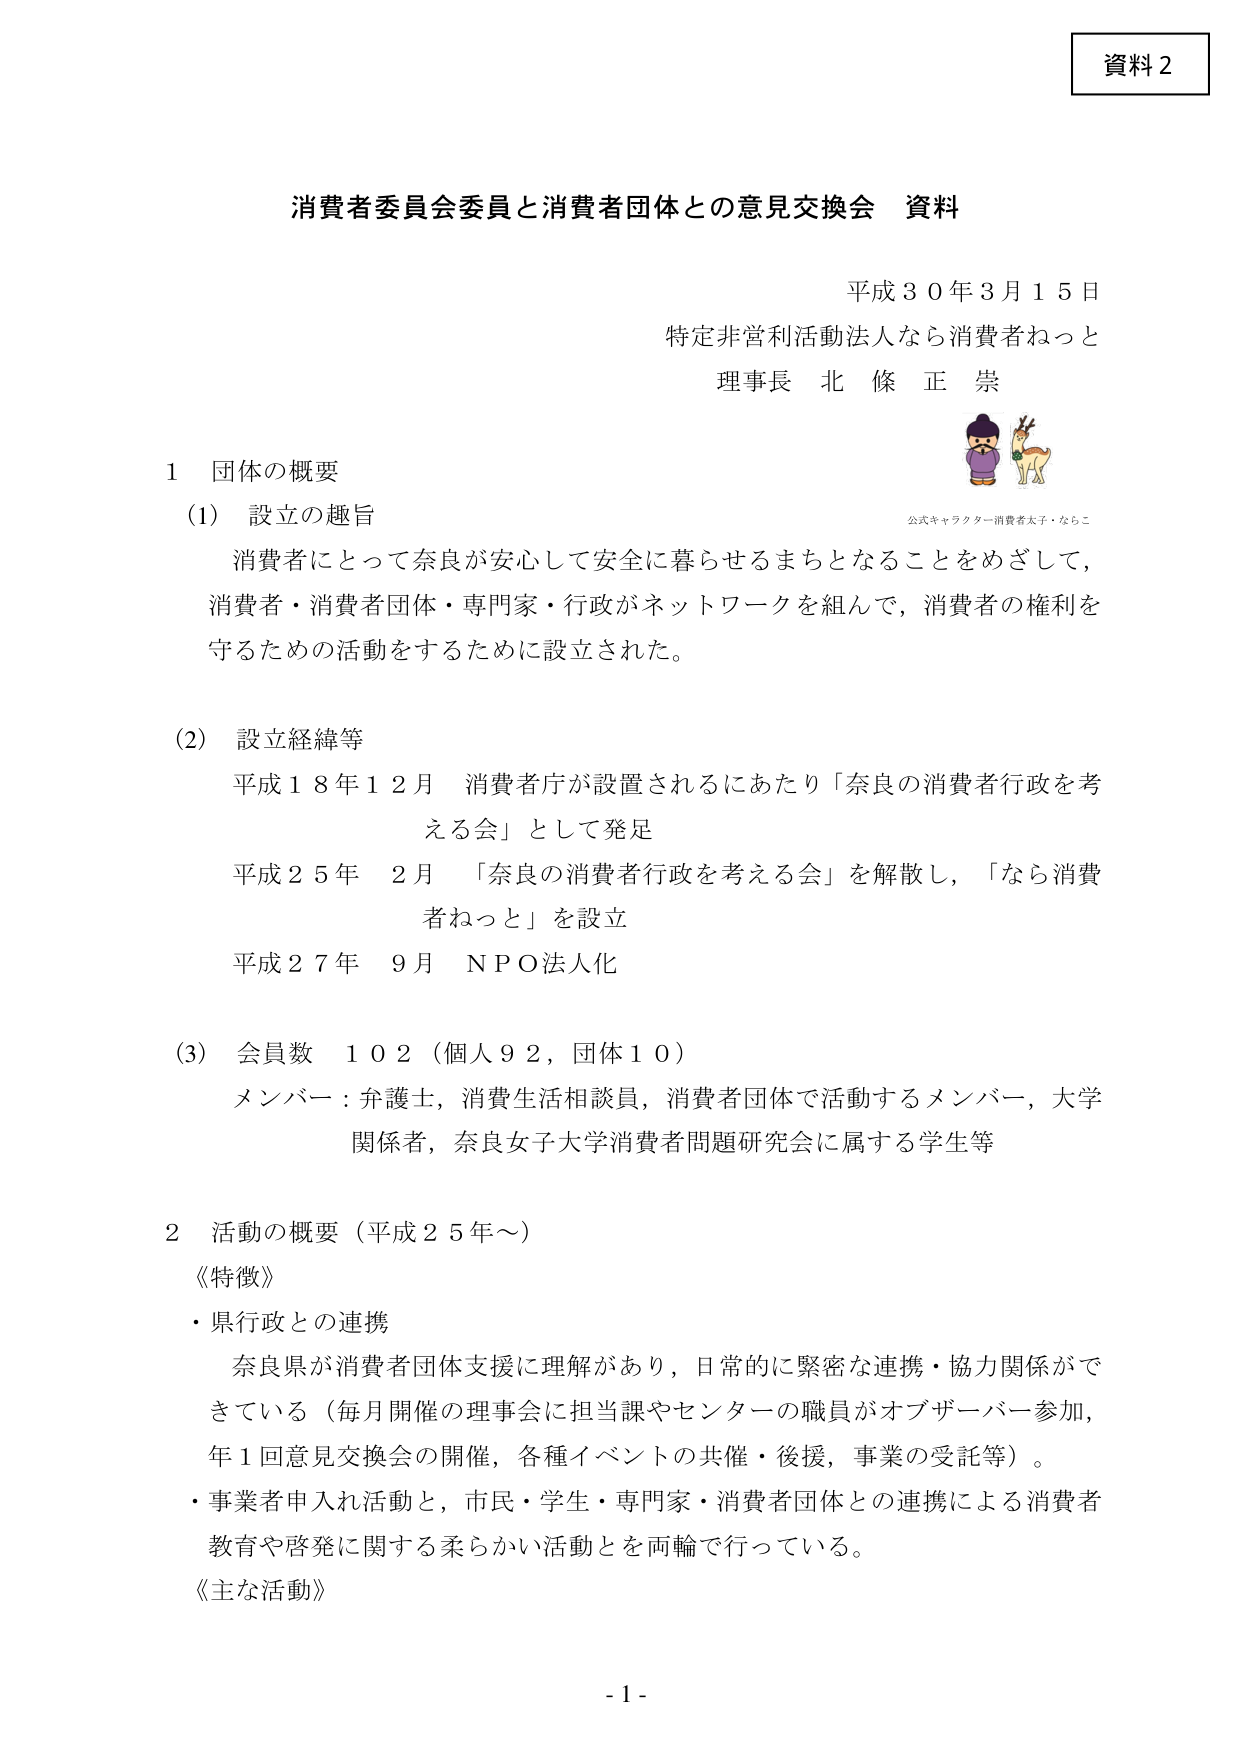
資料２

消費者委員会委員と消費者団体との意見交換会 資料

平成３０年３月１５日
特定非営利活動法人なら消費者ねっと
理事長 北條 正崇

１ 団体の概要

（1） 設立の趣旨
消費者にとって奈良が安心して安全に暮らせるまちとなることをめざして、
消費者・消費者団体・専門家・行政がネットワークを組んで、消費者の権利を
守るための活動をするために設立された。

（2） 設立経緯等
平成１８年１２月 消費者庁が設置されるにあたり「奈良の消費者行政を考
える会」として発足
平成２５年 ２月 「奈良の消費者行政を考える会」を解散し，「なら消費
者ねっと」を設立
平成２７年 ９月 ＮＰＯ法人化

（3） 会員数 １０２（個人９２，団体１０）
メンバー：弁護士，消費生活相談員，消費者団体で活動するメンバー，大学
関係者，奈良女子大学消費者問題研究会に属する学生等

２ 活動の概要（平成２５年～）
《特徴》
・県行政との連携
奈良県が消費者団体支援に理解があり，日常的に緊密な連携・協力関係がで
きている（毎月開催の理事会に担当課やセンターの職員がオブザーバー参加，
年１回意見交換会の開催，各種イベントの共催・後援，事業の受託等）。
・事業者申入れ活動と，市民・学生・専門家・消費者団体との連携による消費者
教育や啓発に関する柔らかい活動を両輪で行っている。
《主な活動》

- 1 -

公式キャラクター消費者太子・ならこ